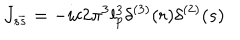
LaTeX: J _ { s \overline { { { s } } } } = - i c 2 \pi ^ { 3 } l _ { p } ^ { 3 } \delta ^ { ( 3 ) } ( r ) \delta ^ { ( 2 ) } ( s )